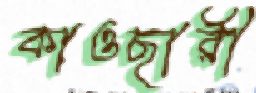
কাওছারী